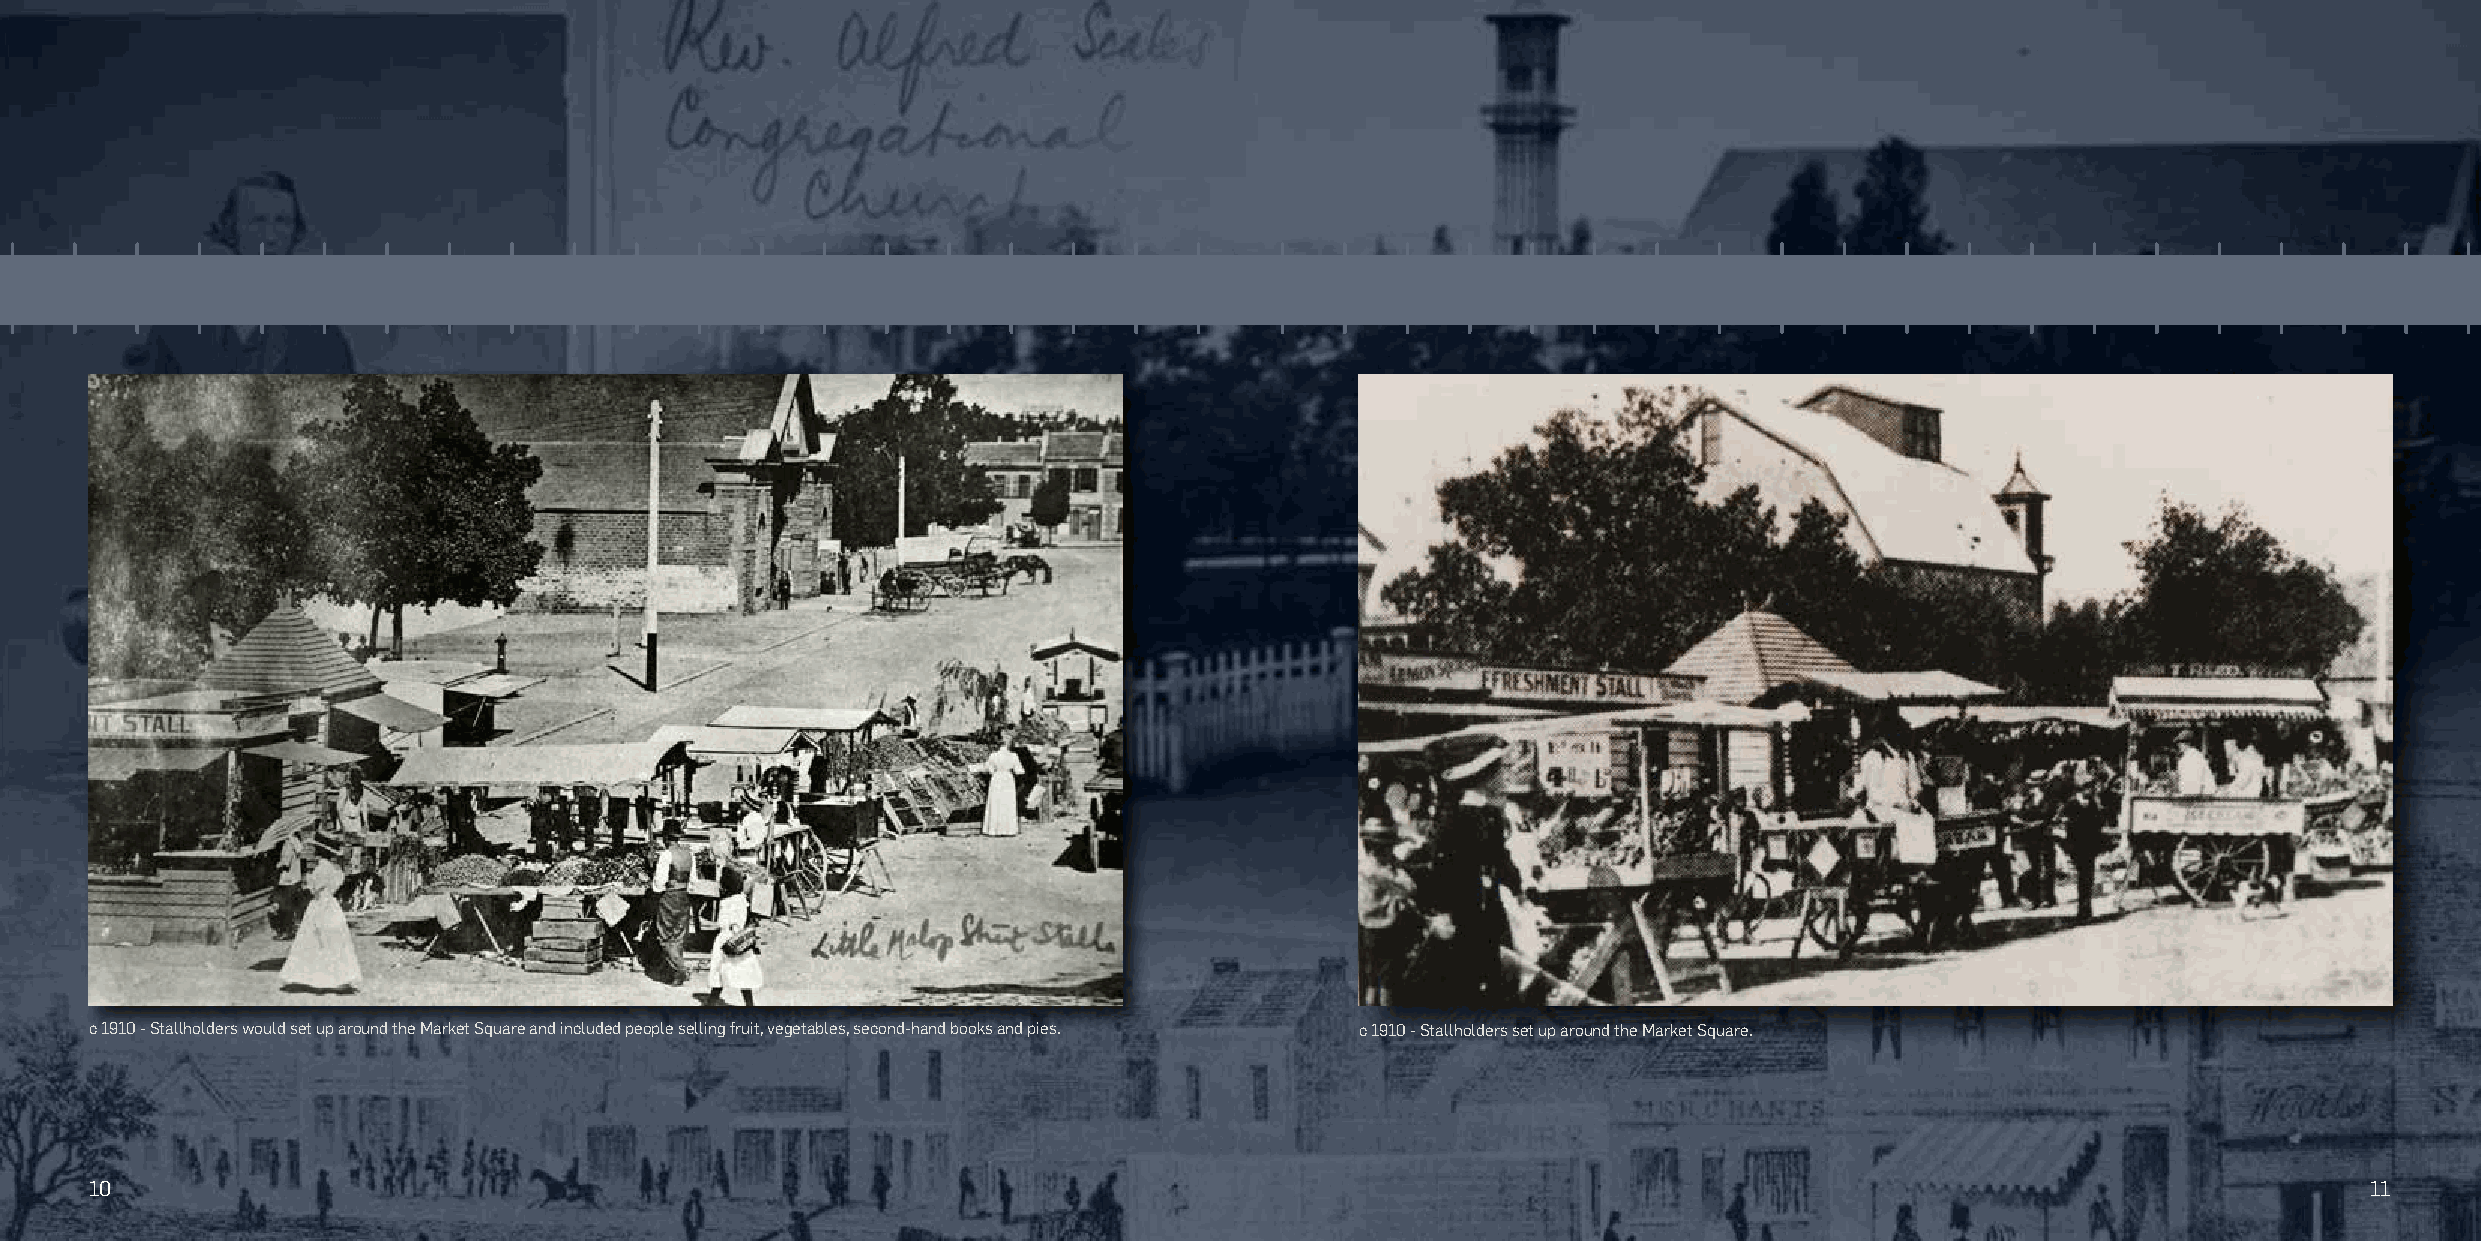
c 1910 - Stallholders would set up around the Market Square and included people selling fruit, vegetables, second-hand books and pies. c 1910 - Stallholders set up around the Market Square.
 10                                                                                                                                                     11